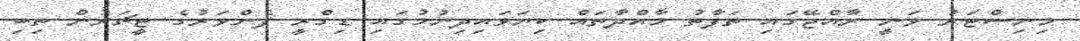
މިނިސްޓަރު ވަނީ ރާއްޖޭގައި ތަފާތު މާއްދާތައް ކިޔަވައިދިނުމުގައި ޑިގްރީ ފެންވަރުގެ ޓީޗަރުން ތިބި